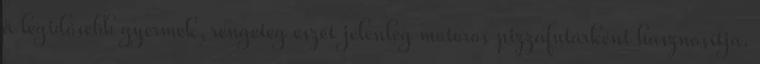
a legidősebb gyermek, rengeteg eszét jelenleg motoros pizzafutárként hasznosítja.